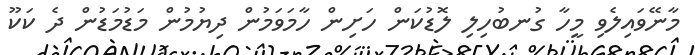
މާނޭވައިލެވި މީހާ ގުނބުހިލި ލޮޑުކަން ހަށިން ހާމަވަމުން ދިޔުމުން މަޑުމަޑުން ދެ ކަކޫ